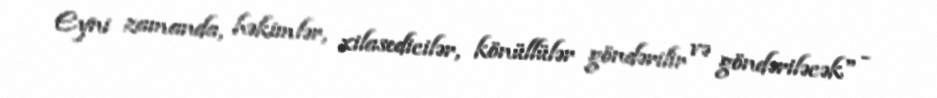
Eyni zamanda, həkimlər, xilasedicilər, könüllülər göndərilir və göndəriləcək" -